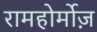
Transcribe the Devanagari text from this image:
रामहोर्मोज़